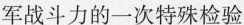
军战斗力的一次特殊检验